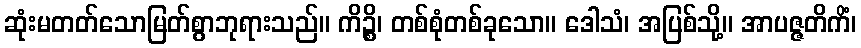
ဆုံးမတတ်သောမြတ်စွာဘုရားသည်။ ကိဉ္စိ၊ တစ်စုံတစ်ခုသော။ ဒေါသံ၊ အပြစ်သို့။ အာပဇ္ဇတိကိံ၊